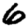
Digit: 6